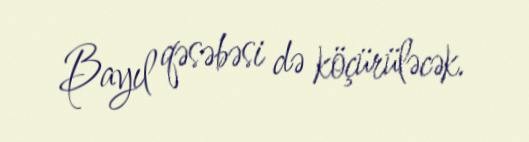
Bayıl qəsəbəsi də köçürüləcək.